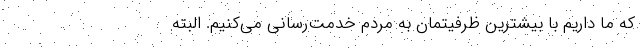
که ما داریم با بیشترین ظرفیتمان به مردم خدمت‌رسانی می‌کنیم. البته